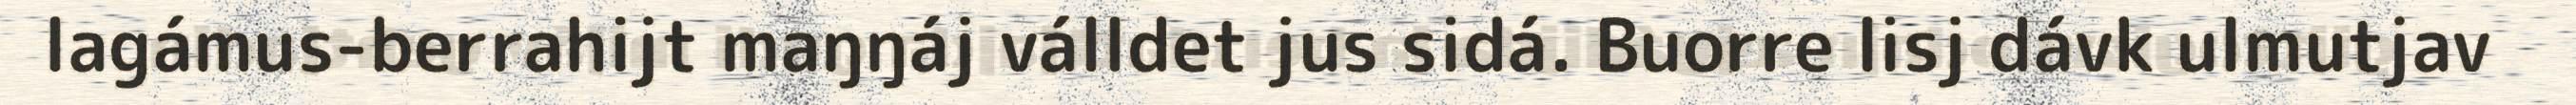
lagámus-berrahijt maŋŋáj válldet jus sidá. Buorre lisj dávk ulmutjav